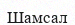
Шамсал